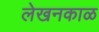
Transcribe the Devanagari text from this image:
लेखनकाळ